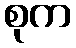
စုက